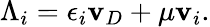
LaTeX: \Lambda_{i}=\epsilon_{i}\mathbf{v}_{D}+\mu\mathbf{v}_{i}.